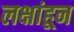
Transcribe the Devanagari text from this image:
लक्षांहून